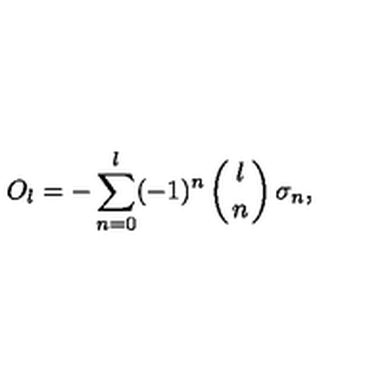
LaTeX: O _ { l } = - \sum _ { n = 0 } ^ { l } ( - 1 ) ^ { n } \left( { l \atop n } \right) \sigma _ { n } ,